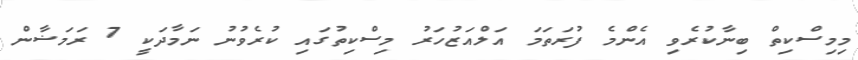
މިމިސްކިތް ބިނާކުރެވި އެންމެ ފުރަތަމަ އަލްއަޒުހަރު މިސްކިތުގައި ކުރެވުނު ނަމާދަކީ 7 ރަމަޟާން